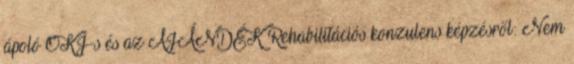
ápoló OKJ-s és az AJÁNDÉK Rehabilitációs konzulens képzésről: Nem